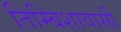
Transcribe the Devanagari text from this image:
तिम्बिशावासी